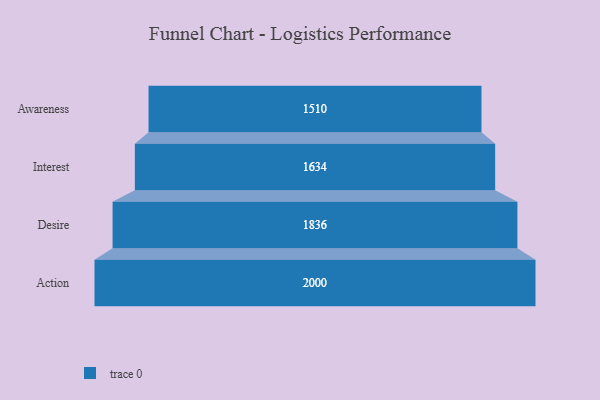
{"axis": {"x": "Stage", "y": "Value"}, "legend": [""], "data": [{"x": "Awareness", "y": 1510.0, "type": ""}, {"x": "Interest", "y": 1634.0, "type": ""}, {"x": "Desire", "y": 1836.0, "type": ""}, {"x": "Action", "y": 2000, "type": ""}]}